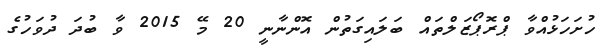
ހުށަހަޅުއްވާ ޕްރޮޕޯޒަލްތައް ބަލައިގަތުން އޮންނާނީ 20 މޭ 2015 ވާ ބުދަ ދުވަހުގެ